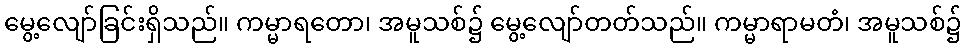
မွေ့လျော်ခြင်းရှိသည်။ ကမ္မာရတော၊ အမူသစ်၌ မွေ့လျော်တတ်သည်။ ကမ္မာရာမတံ၊ အမူသစ်၌